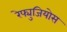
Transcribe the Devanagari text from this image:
रेफ्युजियोस